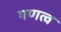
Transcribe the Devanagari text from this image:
गणत्व